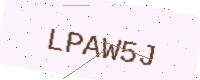
Text: LPAW5J